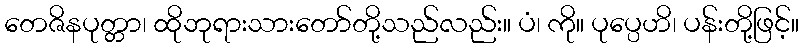
တေဇိနပုတ္တာ၊ ထိုဘုရားသားတော်တို့သည်လည်း။ ပံ၊ ကို။ ပုပ္ပေဟိ၊ ပန်းတို့ဖြင့်။